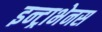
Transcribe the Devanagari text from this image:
इन्ट्राभेनस